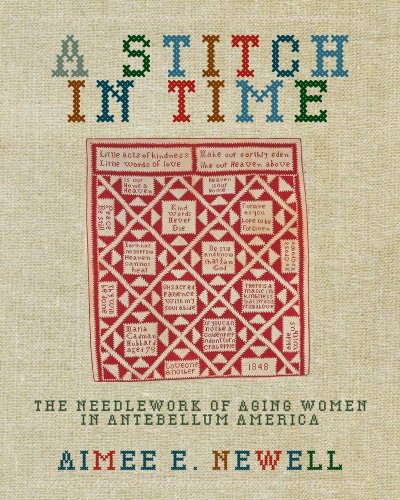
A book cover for A Stitch in Time: The Needlework of Aging Women in Antebellum America; Aimee E. Newell; Crafts, Hobbies & Home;